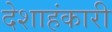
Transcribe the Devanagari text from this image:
देशाहंकारी